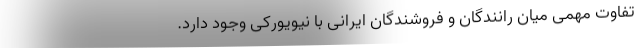
تفاوت مهمی میان رانندگان و فروشندگان ایرانی با نیویورکی وجود دارد.